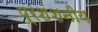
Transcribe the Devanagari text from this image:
प्रशंशनीय